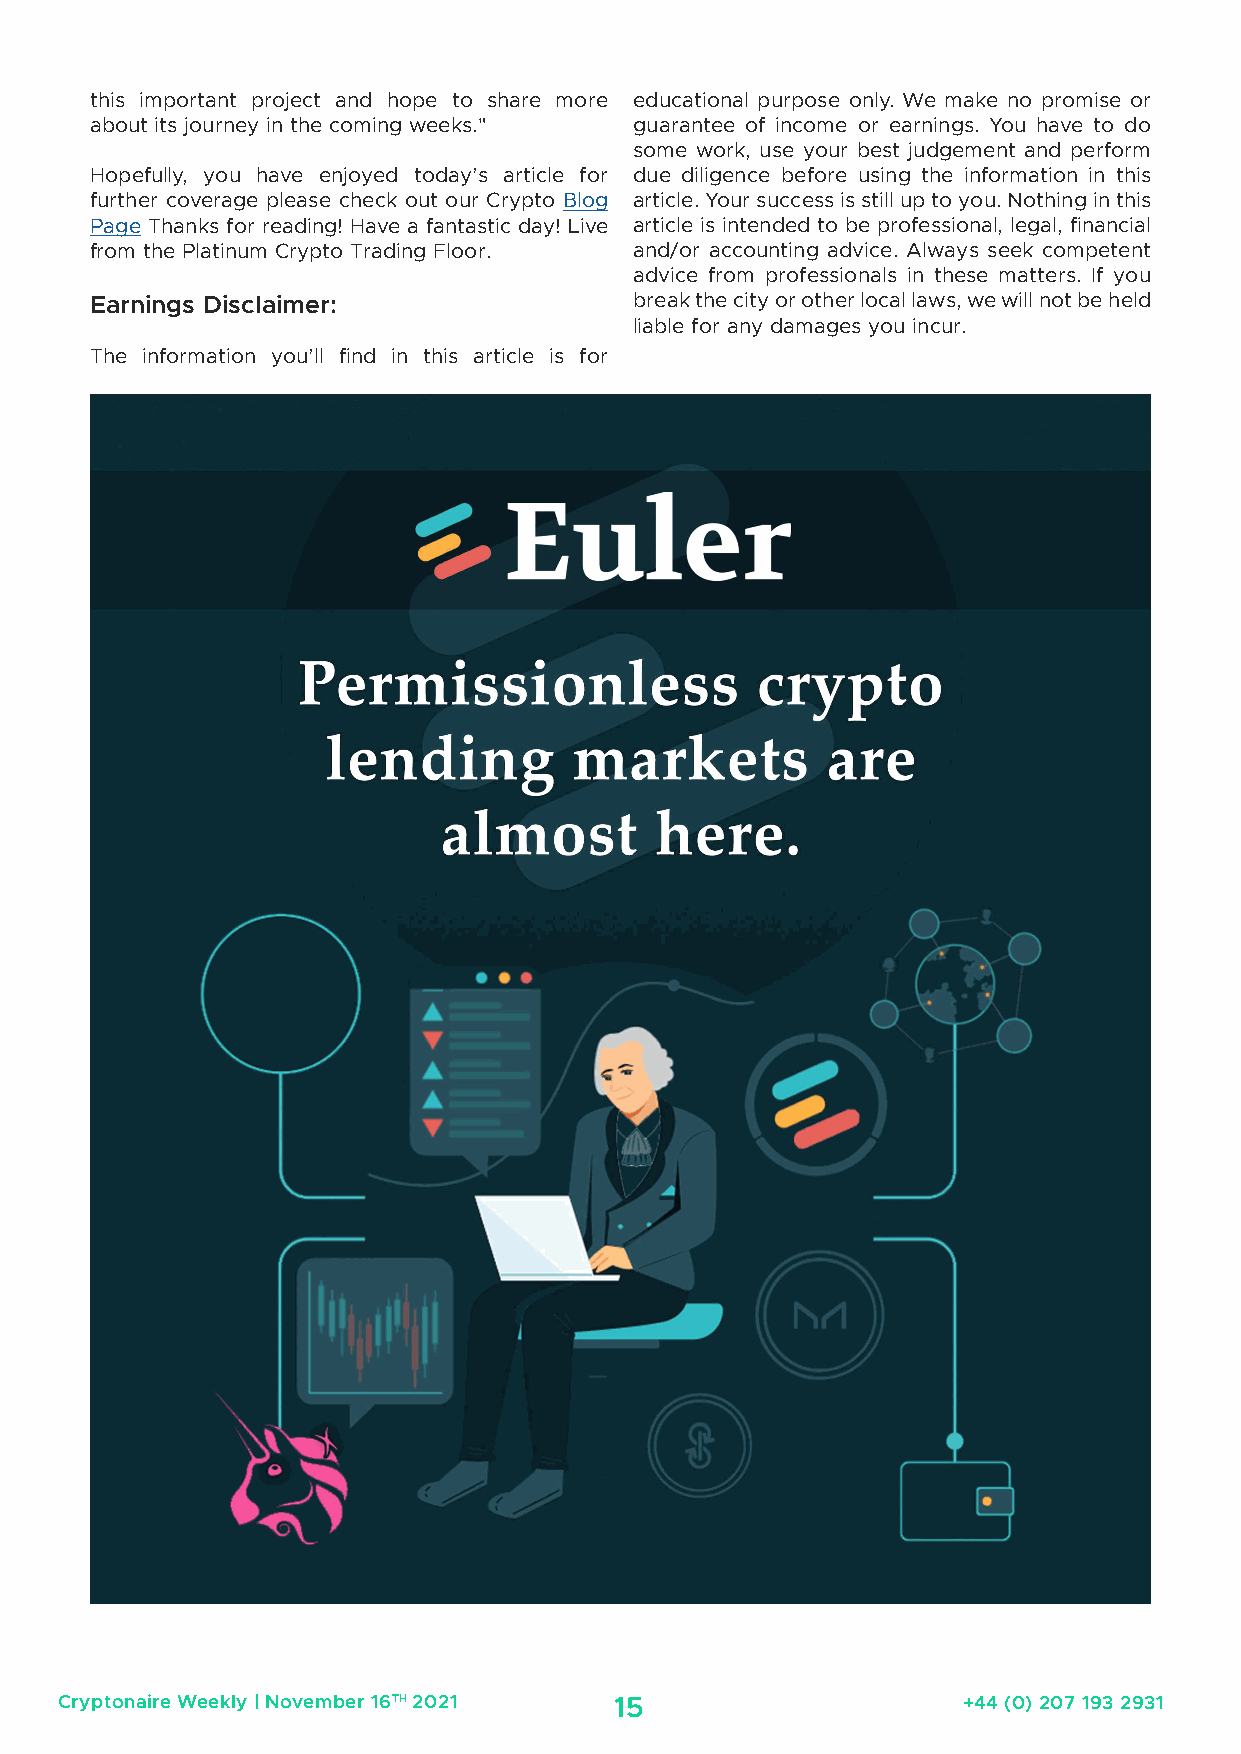
this important project and hope to share more educational purpose only. We make no promise or
 about its journey in the coming weeks." guarantee of income or earnings. You have to do
 some work, use your best judgement and perform
 Hopefully, you have enjoyed today’s article for due diligence before using the information in this
 further coverage please check out our Crypto Blog article. Your success is still up to you. Nothing in this
 Page Thanks for reading! Have a fantastic day! Live article is intended to be professional, legal, financial
 from the Platinum Crypto Trading Floor. and/or accounting advice. Always seek competent
 advice from professionals in these matters. If you
 Earnings Disclaimer:                break the city or other local laws, we will not be held
 liable for any damages you incur.
 The information you’ll find in this article is for
 Cryptonaire Weekly | November 16TH 2021 15                  +44 (0) 207 193 2931